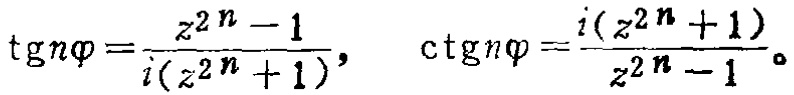
\(\operatorname{tgn}\varphi=\frac{z^{2n}-1}{i(z^{2n}+1)}, \quad \operatorname{ctgn}\varphi=\frac{i(z^{2n}+1)}{z^{2n}-1}\)